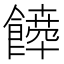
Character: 𩞴